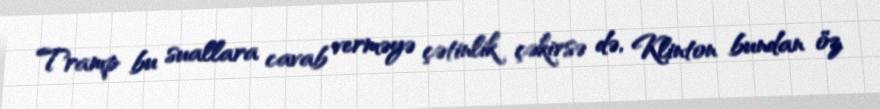
Tramp bu suallara cavab verməyə çətinlik çəkirsə də, Klinton bundan öz